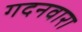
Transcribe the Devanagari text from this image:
गदनवारा